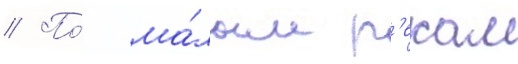
// По́ ма́лым р'екам